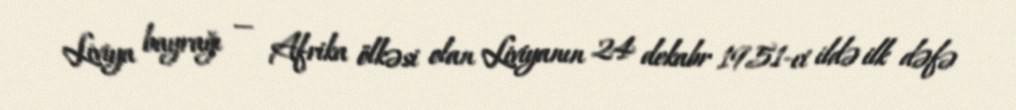
Liviya bayrağı — Afrika ölkəsi olan Liviyanın 24 dekabr 1951-ci ildə ilk dəfə